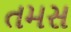
તમસ